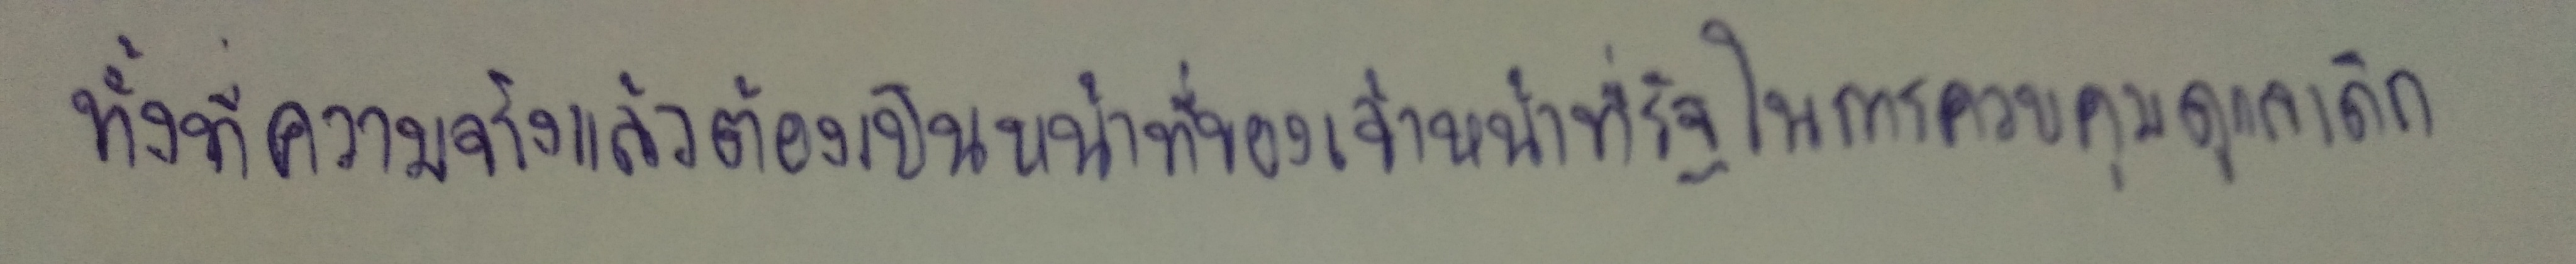
ทั้งที่ความจริงแล้วต้องเป็นหน้าที่ของเจ้าหน้าที่รัฐในการควบคุมดูแลเด็ก